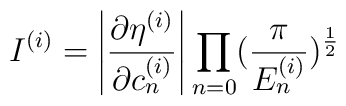
I^{(i)}=\left| \frac{\partial\eta^{(i)}}{\partial c^{(i)}_n}\right| \prod_{n=0}(\frac{\pi}{E^{(i)}_n})^{\frac{1}{2}}